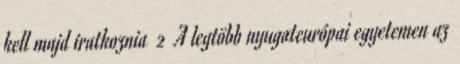
kell majd iratkoznia 2 A legtöbb nyugateurópai egyetemen az